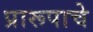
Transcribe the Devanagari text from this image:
प्रारूपाचे